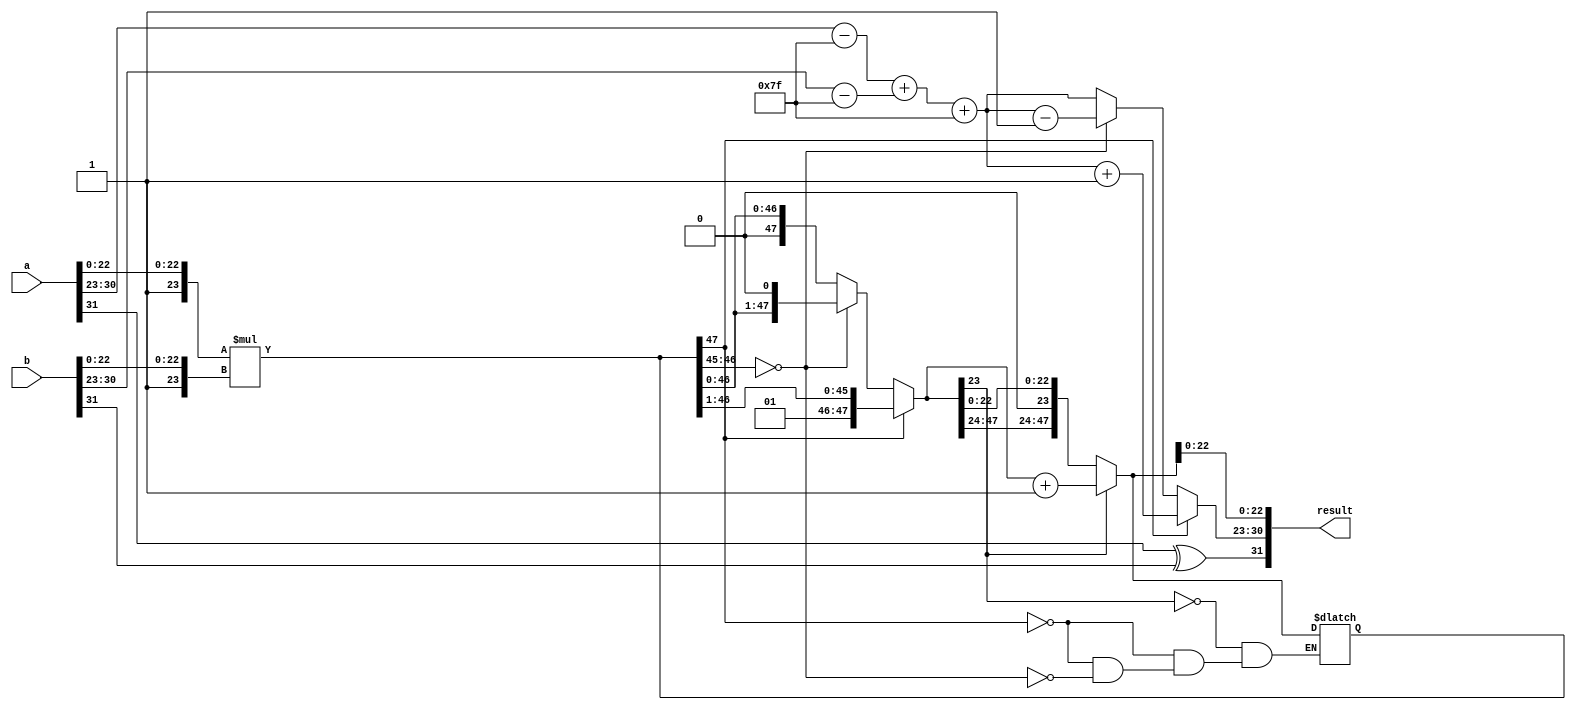
module radix2_fp_multiplier (
    input [31:0] a, // Input floating point A
    input [31:0] b, // Input floating point B
    output reg [31:0] result // Output floating point result
);

    // Extract sign, exponent, and significand from inputs
    wire sign_a = a[31];
    wire sign_b = b[31];
    wire [7:0] exp_a = a[30:23];
    wire [7:0] exp_b = b[30:23];
    wire [22:0] sig_a = a[22:0];
    wire [22:0] sig_b = b[22:0];
    
    // Intermediate variables
    wire [7:0] exp_a_adjusted;
    wire [7:0] exp_b_adjusted;
    wire [47:0] significand_a;
    wire [47:0] significand_b;
    wire [47:0] sig_product;
    reg [7:0] exp_result;
    reg sign_result;

    // Adjust the exponents
    assign exp_a_adjusted = exp_a - 8'd127; // Un-bias
    assign exp_b_adjusted = exp_b - 8'd127; // Un-bias

    // Prepare significands (with the implicit leading 1)
    assign significand_a = {1'b1, sig_a}; // 24 bits
    assign significand_b = {1'b1, sig_b}; // 24 bits

    // Multiply the significands
    assign sig_product = significand_a * significand_b; // 48 bits

    always @(*) begin
        // Calculate the sign of the result
        sign_result = sign_a ^ sign_b;

        // Exponent calculation
        exp_result = exp_a_adjusted + exp_b_adjusted + 8'd127; // Add bias back

        // Normalize the product
        if (sig_product[47]) begin // If the product is >= 2
            sig_product = sig_product >> 1; // Right shift
            exp_result = exp_result + 1; // Increment exponent
        end else if (sig_product[46:45] == 2'b00) begin // If the product < 1
            sig_product = sig_product << 1; // Left shift
            exp_result = exp_result - 1; // Decrement exponent
        end

        // Rounding (round to nearest even)
        // This is a simple implementation of round to nearest
        if (sig_product[23]) begin
            sig_product = sig_product + 1; // Round up
        end

        // Final output formatting to fit within 32 bits
        result = {sign_result, exp_result, sig_product[22:0]};
    end
endmodule